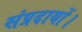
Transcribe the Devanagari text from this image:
संप्रदायों।